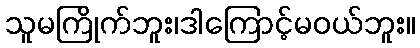
သူမကြိုက်ဘူး၊ဒါကြောင့်မဝယ်ဘူး။